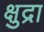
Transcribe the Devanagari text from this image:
क्षुद्रा